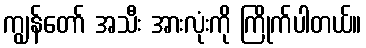
ကျွန်တော် အသီး အားလုံးကို ကြိုက်ပါတယ်။